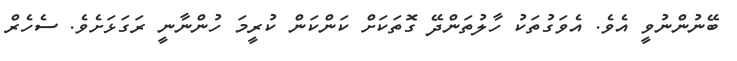
ބޭނުންނުވީ އެވެ. އެވަގުތަކު ހާލުތަންދޭ ގޮތަކަށް ކަންކަން ކުރީމަ ހުންނާނީ ރަގަޅަށެވެ. ސެހެރް